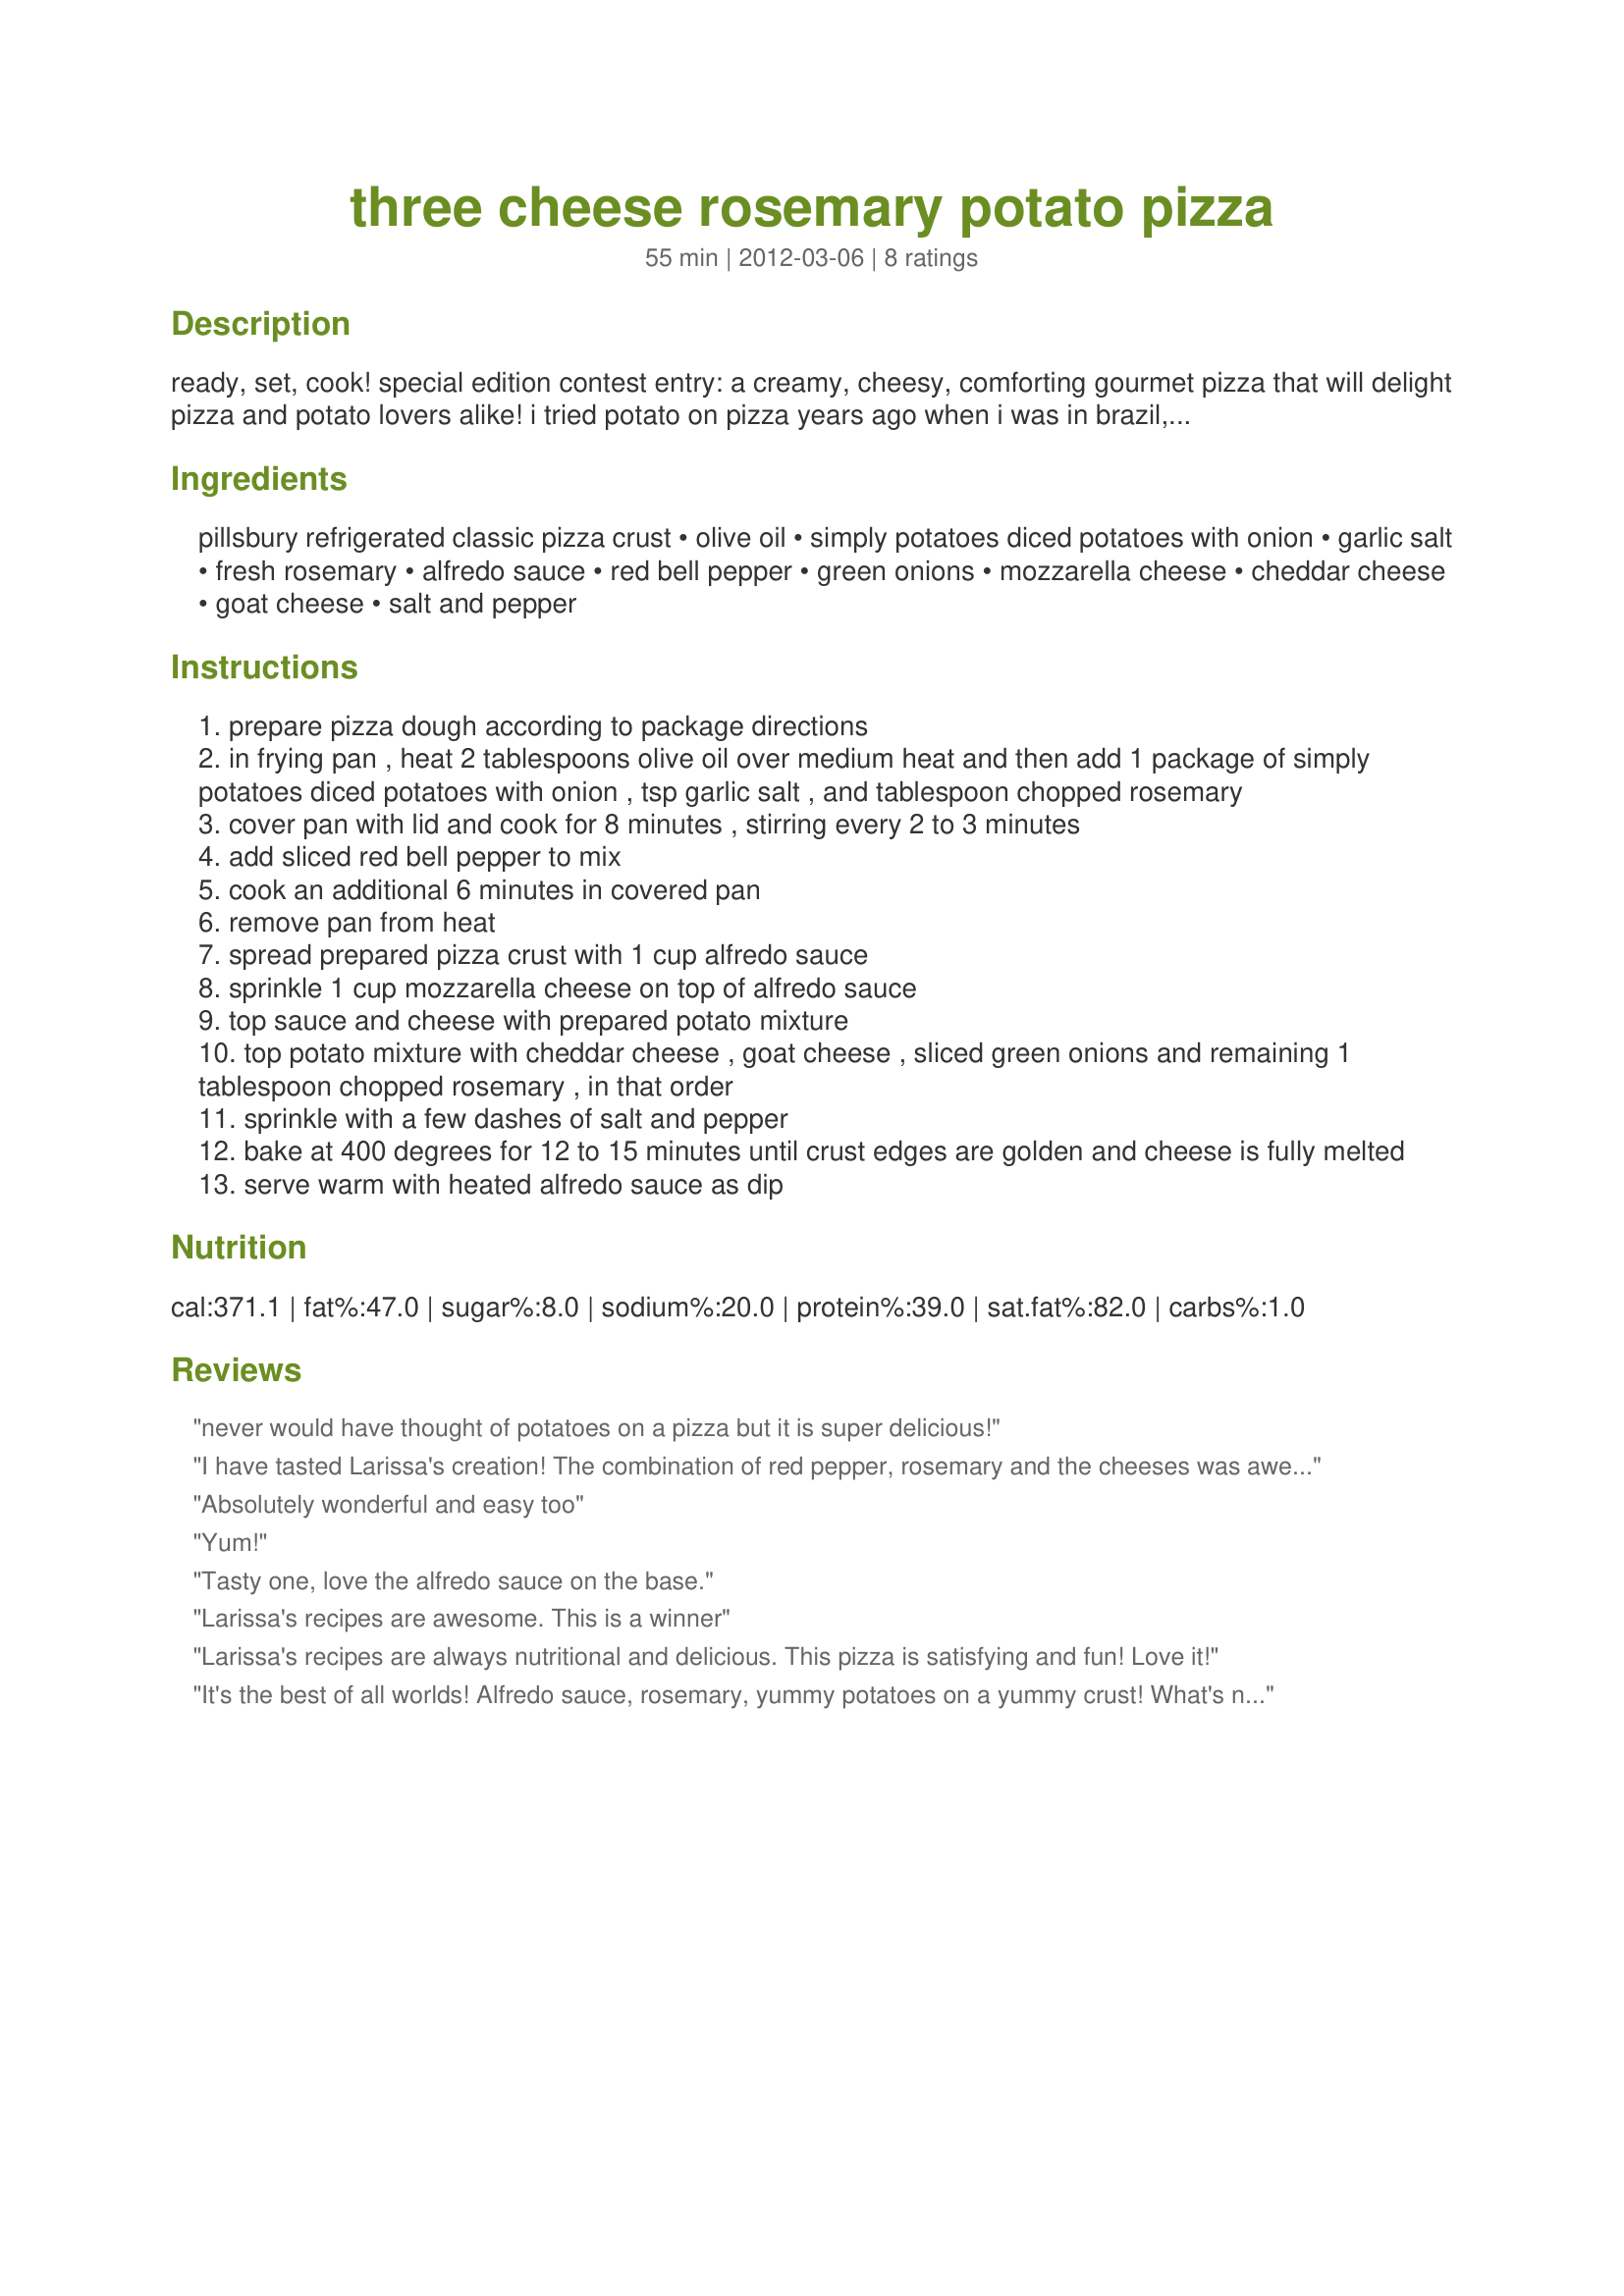
three cheese rosemary potato pizza
Preparation time: 55 minutes

ready, set, cook! special edition contest entry: a creamy, cheesy, comforting gourmet pizza that will delight pizza and potato lovers alike! i tried potato on pizza years ago when i was in brazil, and vowed to make it one day. the prepared simply potatoes make prep so easy! here’s my version – alfredo sauce and three cheeses make for one mouth watering experience! if you have not tried potato on a pizza before, this is the way to try it.

Ingredients:
pillsbury refrigerated classic pizza crust, olive oil, simply potatoes diced potatoes with onion, garlic salt, fresh rosemary, alfredo sauce, red bell pepper, green onions, mozzarella cheese, cheddar cheese, goat cheese, salt and pepper

Steps:
prepare pizza dough according to package directions
in frying pan , heat 2 tablespoons olive oil over medium heat and then add 1 package of simply potatoes diced potatoes with onion , tsp garlic salt , and tablespoon chopped rosemary
cover pan with lid and cook for 8 minutes , stirring every 2 to 3 minutes
add sliced red bell pepper to mix
cook an additional 6 minutes in covered pan
remove pan from heat
spread prepared pizza crust with 1 cup alfredo sauce
sprinkle 1 cup mozzarella cheese on top of alfredo sauce
top sauce and cheese with prepared potato mixture
top potato mixture with cheddar cheese , goat cheese , sliced green onions and remaining 1 tablespoon chopped rosemary , in that order
sprinkle with a few dashes of salt and pepper
bake at 400 degrees for 12 to 15 minutes until crust edges are golden and cheese is fully melted
serve warm with heated alfredo sauce as dip

Reviews:
never would have thought of potatoes on a pizza but it is super delicious!
I have tasted Larissa's creation! The combination of red pepper, rosemary and the cheeses was awesome! This recipe is now going to be a family favorite in our home!
Absolutely wonderful and easy too
Yum!
Tasty one, love the alfredo sauce on the base.
Larissa's recipes are awesome. This is a winner
Larissa's recipes are always nutritional and delicious. This pizza is satisfying and fun! Love it!
It's the best of all worlds! Alfredo sauce, rosemary, yummy potatoes on a yummy crust! What's not to like?
